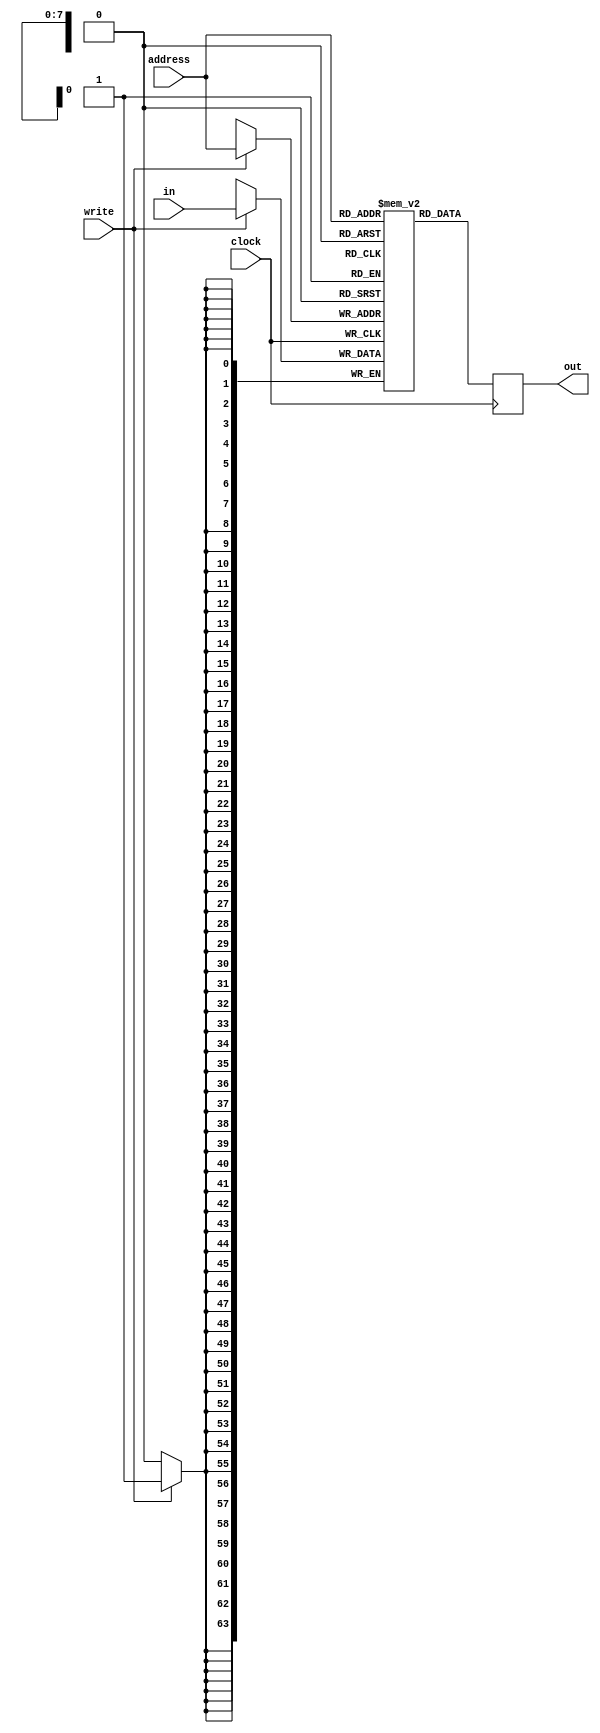
module RAM256x64(address, clock, in, write, out);
    input [7:0] address;
    input clock;
    input [63:0] in;
    input write;
    output reg [63:0] out;
    
    reg [63:0] mem [0:255];
    
    always @(posedge clock) begin
        if(write) begin
            mem[address] <= in;
        end
    end
    
    always @(posedge clock) begin
        out <= mem[address];
    end
    
endmodule